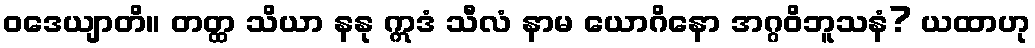
ဝဒေယျာတိ။ တတ္ထ သိယာ နနု ဣဒံ သီလံ နာမ ယောဂိနော အဂ္ဂဝိဘူသနံ? ယထာဟု